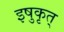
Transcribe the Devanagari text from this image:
इषुकृत्